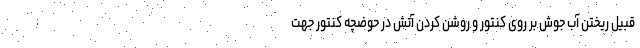
قبیل ریختن آب جوش بر روی کنتور و روشن کردن آتش در حوضچه کنتور جهت